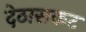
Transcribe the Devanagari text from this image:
देठासकट